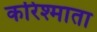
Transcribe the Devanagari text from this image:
करिश्माता